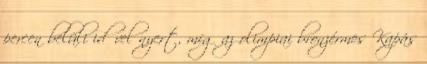
percen belüli idővel nyert, míg az olimpiai bronzérmes Kapás